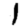
Digit: 1